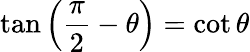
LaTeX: \tan\left({\frac{\pi}{2}}-\theta\right)=\cot\theta